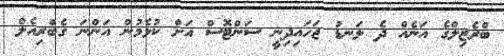
ބްރެޒިލްގެ އަނެއް ދެ ލަނޑު ޖަހައިދިނީ ސަންޓޮސް އަށް ކުޅެމުން އަންނަ ގެބްރިއެލް